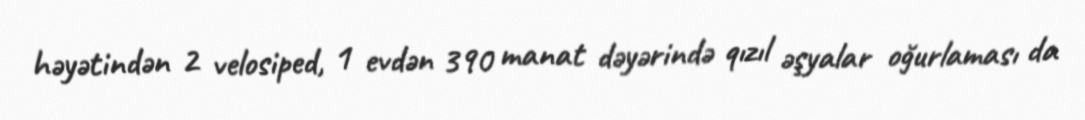
həyətindən 2 velosiped, 1 evdən 390 manat dəyərində qızıl əşyalar oğurlaması da